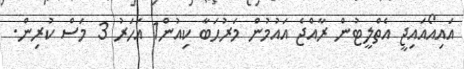
އައިއޯއައިޖީ އެތްލީޓުން ރާއްޖެ އައުމުން މަރުޙަބާ ކިއުން1 އަހަރު 3 މަސް ކުރިން.